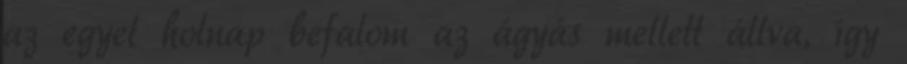
az egyet holnap befalom az ágyás mellett állva, így